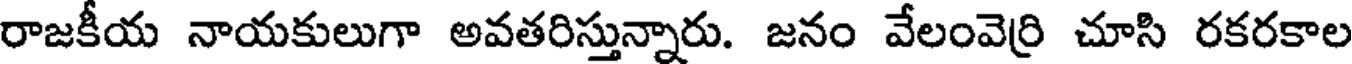
రాజకీయ నాయకులుగా అవతరిస్తున్నారు. జనం వేలంవెర్రి చూసి రకరకాల